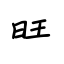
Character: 旺